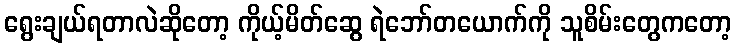
ရွေးချယ်ရတာလဲဆိုတော့ ကိုယ့်မိတ်ဆွေ ရဲဘော်တယောက်ကို သူစိမ်းတွေကတော့